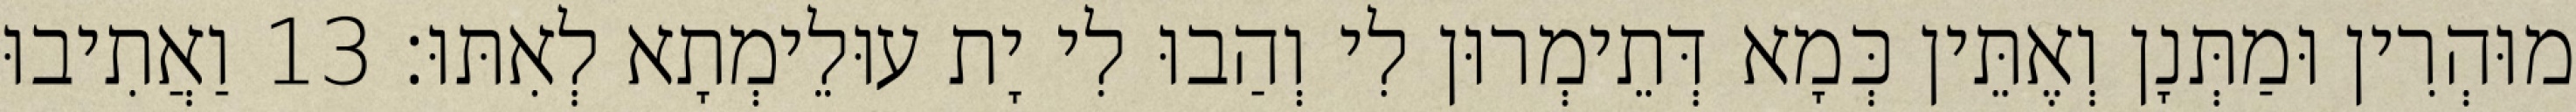
מוּהְרִין וּמַתְּנָן וְאֶתֵּין כְּמָא דְּתֵימְרוּן לִי וְהַבוּ לִי יָת עוּלֵימְתָא לְאִתּוּ׃ 13 וַאֲתִיבוּ